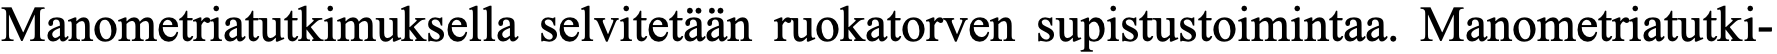
Manometriatutkimuksella selvitetään ruokatorven supistustoimintaa. Manometriatutki-